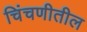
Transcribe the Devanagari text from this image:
चिंचणीतील